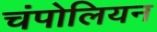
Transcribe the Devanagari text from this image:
चंपोलियन